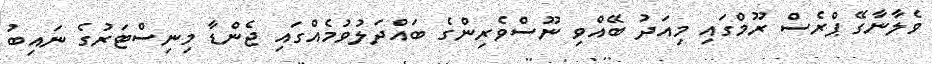
ވެލާނާގޭ ޕްރެސް ރޫމްގައި މިއަދު ބޭއްވި ނޫސްވެރިންގެ ބައްދަލުވުމެއްގައި ޖެންޑާ މިނިސްޓަރުގެ ނައިބު